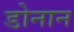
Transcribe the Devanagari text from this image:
डोनान